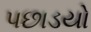
પછાડયો